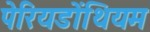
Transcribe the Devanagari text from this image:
पेरियडोंथियम